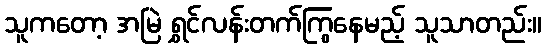
သူကတော့ အမြဲ ရွှင်လန်းတက်ကြွနေမည့် သူသာတည်း။